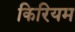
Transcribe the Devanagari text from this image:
किरियम